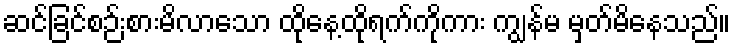
ဆင်ခြင်စဉ်းစားမိလာသော ထိုနေ့ထိုရက်ကိုကား ကျွန်မ မှတ်မိနေသည်။